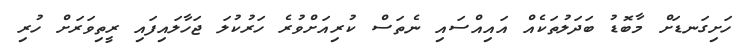
ހަށިގަނޑަށް މާބޮޑު ބަދަލުތަކެއް އައިއްސައި ނެތަސް ކުރިއަށްވުރެ ހަރުކުލަ ޖަހާލައިފައި ރީތިވަރަށް ހުރި